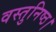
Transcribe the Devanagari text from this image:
वस्तुनिष्ठ।